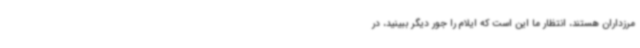
مرزداران هستند، انتظار ما این است که ایلام را جور دیگر ببینید، در